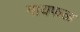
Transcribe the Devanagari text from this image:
मायफळ